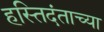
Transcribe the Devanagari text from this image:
हस्तिदंताच्या